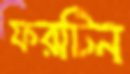
ফরটিন